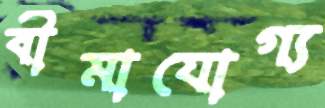
বীমাযোগ্য